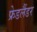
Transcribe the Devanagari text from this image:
फ्रेडलैंडर